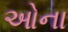
ઓના